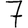
Digit: 7